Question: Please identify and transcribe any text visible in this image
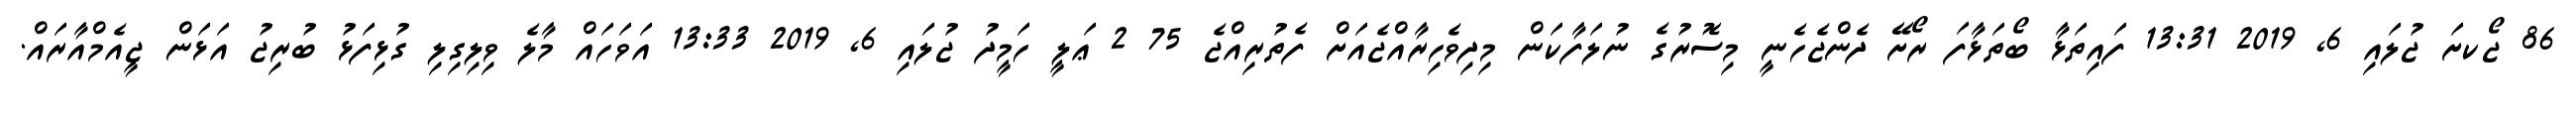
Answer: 86 ޖޯކށަ ޖުލައި 6, 2019 13:31 ފައިތަޅާ ބޯތަޅާފަ ރޯށޭ ދެންޖެހެނީ މިސޮރުގެ ނުލަފާކަން މިދިވެހިރާއްޖެއަށް ފެތުރިއްޖެ 75 2 ޢަލީ ހަމީދު ޖުލައި 6, 2019 13:33 އަވަހައް މާލެ ވިލިގިލި ގުޅިފަޅު ބުރިޖު އަޅަން ޖީއެމްއާރައް.